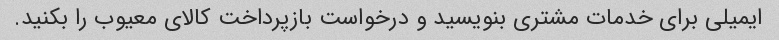
ایمیلی برای خدمات مشتری بنویسید و درخواست بازپرداخت کالای معیوب را بکنید.